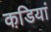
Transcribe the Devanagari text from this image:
कडि़यां